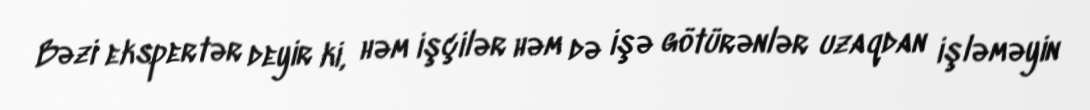
Bəzi ekspertər deyir ki, həm işçilər həm də işə götürənlər uzaqdan işləməyin